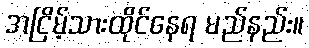
အငြိမ့်သားထိုင်နေရ မည်နည်း။